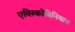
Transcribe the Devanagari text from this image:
एविस्कोविनियान